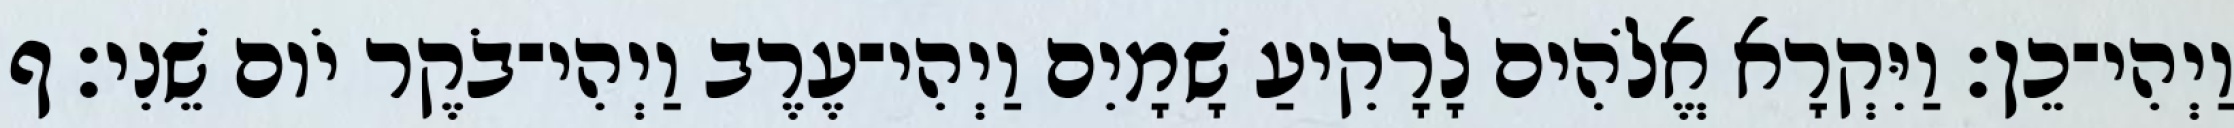
וַיְהִי־כֵן׃ וַיִּקְרָא אֱלֹהִים לָרָקִיעַ שָׁמָיִם וַיְהִי־עֶרֶב וַיְהִי־בֹקֶר יֹום שֵׁנִי׃ ף